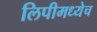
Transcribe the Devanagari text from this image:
लिपीमध्येच